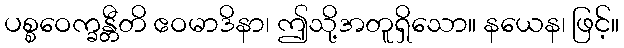
ပစ္စဝေက္ခန္တီတိ ဧဝမာဒိနာ၊ ဤသို့အတူရှိသော။ နယေန၊ ဖြင့်။